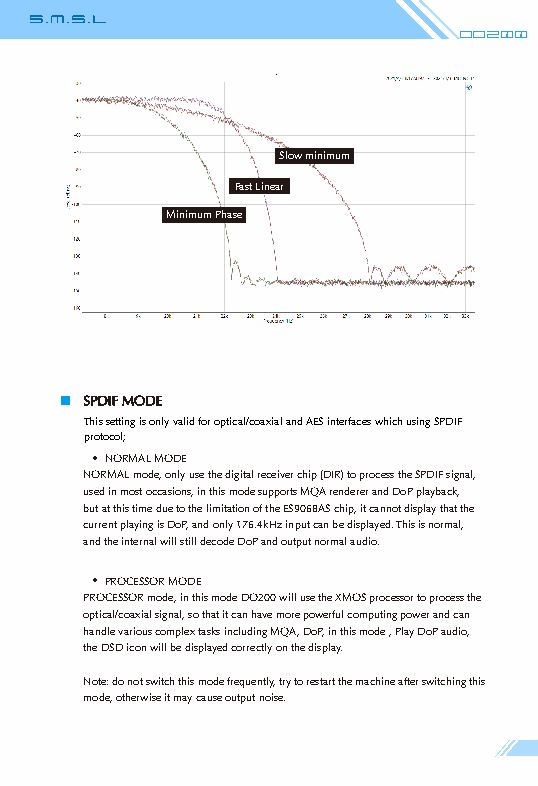
Do200
 Slow minimum
 Fast Linear
 Minimum Phase
 SPDIF MODE
 This setting is only valid for optical/coaxial and AES interfaces which using SPDIF
 protocol;
 NORMAL MODE
 NORMAL mode, only use the digital receiver chip (DIR) to process the SPDIF signal,
 used in most occasions, in this mode supports MQA renderer and DoP playback,
 but at this time due to the limitation of the ES9068AS chip, it cannot display that the
 current playing is DoP, and only 176.4kHz input can be displayed. This is normal,
 and the internal will still decode DoP and output normal audio.
 PROCESSOR MODE
 PROCESSOR mode, in this mode DO200 will use the XMOS processor to process the
 optical/coaxial signal, so that it can have more powerful computing power and can
 handle various complex tasks including MQA, DoP, in this mode , Play DoP audio,
 the DSD icon will be displayed correctly on the display.
 Note: do not switch this mode frequently, try to restart the machine after switching this
 mode, otherwise it may cause output noise.